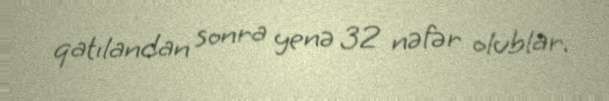
qatılandan sonra yenə 32 nəfər olublar.